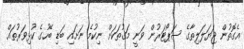
އެގޮތުން ޖަޔަލަލިތާގެ ސަޕޯޓަރުން ވަނީ މަގުތަކަށް ނިކުމެ ނަށައި ބަޑި ބޭހުގެ ކުޅިވަރުތައް